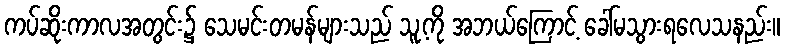
ကပ်ဆိုးကာလအတွင်း၌ သေမင်းတမန်များသည် သူ့ကို အဘယ်ကြောင့် ခေါ်မသွားရလေသနည်း။